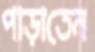
পাড়াতেন